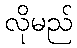
လိုမည်